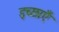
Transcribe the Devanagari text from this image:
इच्‍छाएँ